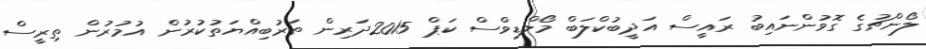
ލޯންޗުގެ ގޮވުންނައިބު ރައީސް އަދީބުކްލަބް މޯލްޑިވްސް ކަޕް 2015ދަރިން ތަރުބިއްޔަތުކުރުން އުމުރުން ތިރީސް